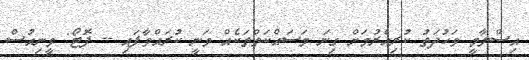
އިސްލާމީ ވަހުދަތު ކުރިއެރުމަށް ގިނަ މަސައްކަތްތަކެއް ވަނީ ކުރައްވާފައި -- ފޮޓޯ: ވީނިއުސް